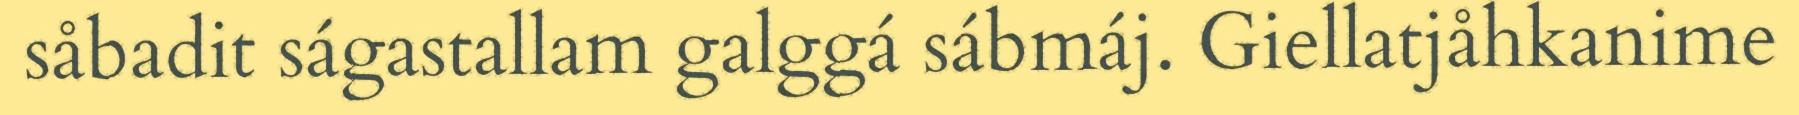
såbadit ságastallam galggá sábmáj. Giellatjåhkanime